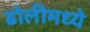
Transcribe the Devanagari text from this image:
ढोलीमध्ये